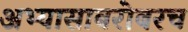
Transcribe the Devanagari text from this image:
अभ्यासाबरोबरच